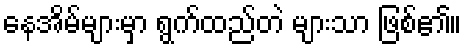
နေအိမ်များမှာ ရွက်ထည်တဲ များသာ ဖြစ်၏။